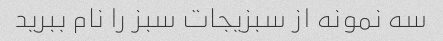
سه نمونه از سبزیجات سبز را نام ببرید